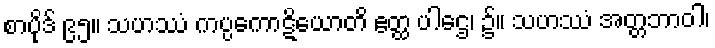
စာပိုဒ် ၉၅။ သဟဿံ ကပ္ပကောဋိယောတိ ဧတ္ထ ပါဌေ၊ ၌။ သဟဿံ အတ္တဘာဝါ၊